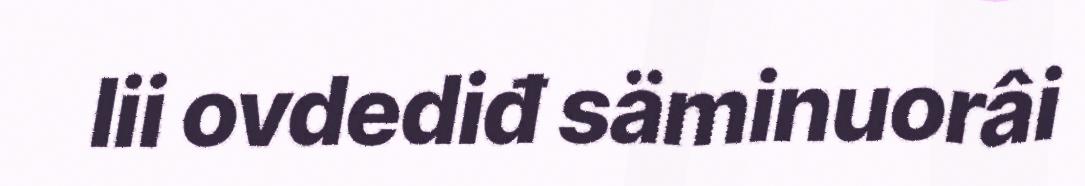
lii ovdediđ säminuorâi